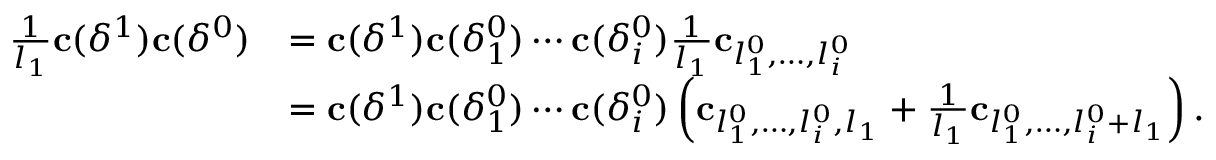
\begin{array} { r l } { \frac { 1 } { l _ { 1 } } \mathbf { c } ( \delta ^ { 1 } ) \mathbf { c } ( \delta ^ { 0 } ) } & { = \mathbf { c } ( \delta ^ { 1 } ) \mathbf { c } ( \delta _ { 1 } ^ { 0 } ) \cdots \mathbf { c } ( \delta _ { i } ^ { 0 } ) \frac { 1 } { l _ { 1 } } \mathbf { c } _ { l _ { 1 } ^ { 0 } , \ldots , l _ { i } ^ { 0 } } } \\ & { = \mathbf { c } ( \delta ^ { 1 } ) \mathbf { c } ( \delta _ { 1 } ^ { 0 } ) \cdots \mathbf { c } ( \delta _ { i } ^ { 0 } ) \left( \mathbf { c } _ { l _ { 1 } ^ { 0 } , \ldots , l _ { i } ^ { 0 } , l _ { 1 } } + \frac { 1 } { l _ { 1 } } \mathbf { c } _ { l _ { 1 } ^ { 0 } , \ldots , l _ { i } ^ { 0 } + l _ { 1 } } \right) . } \end{array}